Civil Veterinary Department. Madras. Admin. report 1926-33 - 1926-1933
Year: 1926
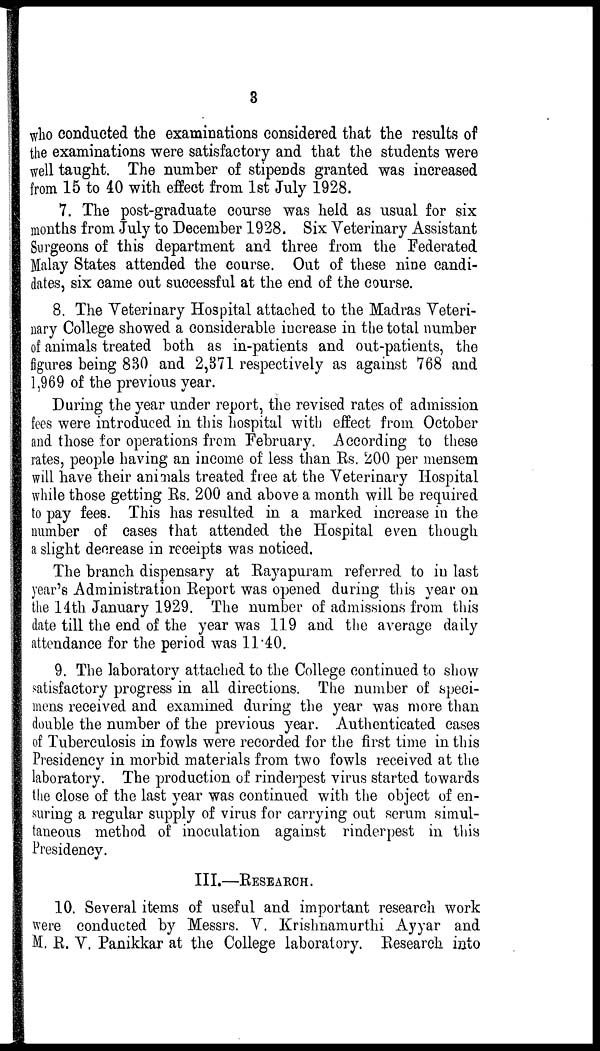
3
who conducted the examinations considered that the results of
the examinations were satisfactory and that the students were
well taught. The number of stipends granted was increased
from 15 to 40 with effect from 1st July 1928.
7. The post-graduate course was held as usual for six
months from July to December 1928. Six Veterinary Assistant
Surgeons of this department and three from the Federated
Malay States attended the course. Out of these nine candi-
dates, six came out successful at the end of the course.
8. The Veterinary Hospital attached to the Madras Veteri-
nary College showed a considerable increase in the total number
of animals treated both as in-patients and out-patients, the
figures being 830 and 2,371 respectively as against 768 and
1,969 of the previous year.
During the year under report, the revised rates of admission
fees were introduced in this hospital with effect from October
and those for operations from February. According to these
rates, people having an income of less than Rs. 200 per mensem
will have their animals treated free at the Veterinary Hospital
while those getting Rs. 200 and above a month will be required
to pay fees. This has resulted in a marked increase in the
number of cases that attended the Hospital even though
a slight decrease in receipts was noticed.
The branch dispensary at Rayapuram referred to in last
year's Administration Report was opened during this year on
the 14th January 1929. The number of admissions from this
date till the end of the year was 119 and the average daily
attendance for the period was 11.40.
9. The laboratory attached to the College continued to show
satisfactory progress in all directions. The number of speci-
mens received and examined during the year was more than
double the number of the previous year. Authenticated cases
of Tuberculosis in fowls were recorded for the first time in this
Presidency in morbid materials from two fowls received at the
laboratory. The production of rinderpest virus started towards
the close of the last year was continued with the object of en-
suring a regular supply of virus for carrying out serum simul-
taneous method of inoculation against rinderpest in this
Presidency.
III.—RESEARCH.
10. Several items of useful and important research work
were conducted by Messrs. V. Krishnamurthi Ayyar and
M. R. V. Panikkar at the College laboratory. Research into